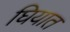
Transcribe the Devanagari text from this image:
घियात